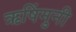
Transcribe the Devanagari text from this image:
ऋषिंमुनी